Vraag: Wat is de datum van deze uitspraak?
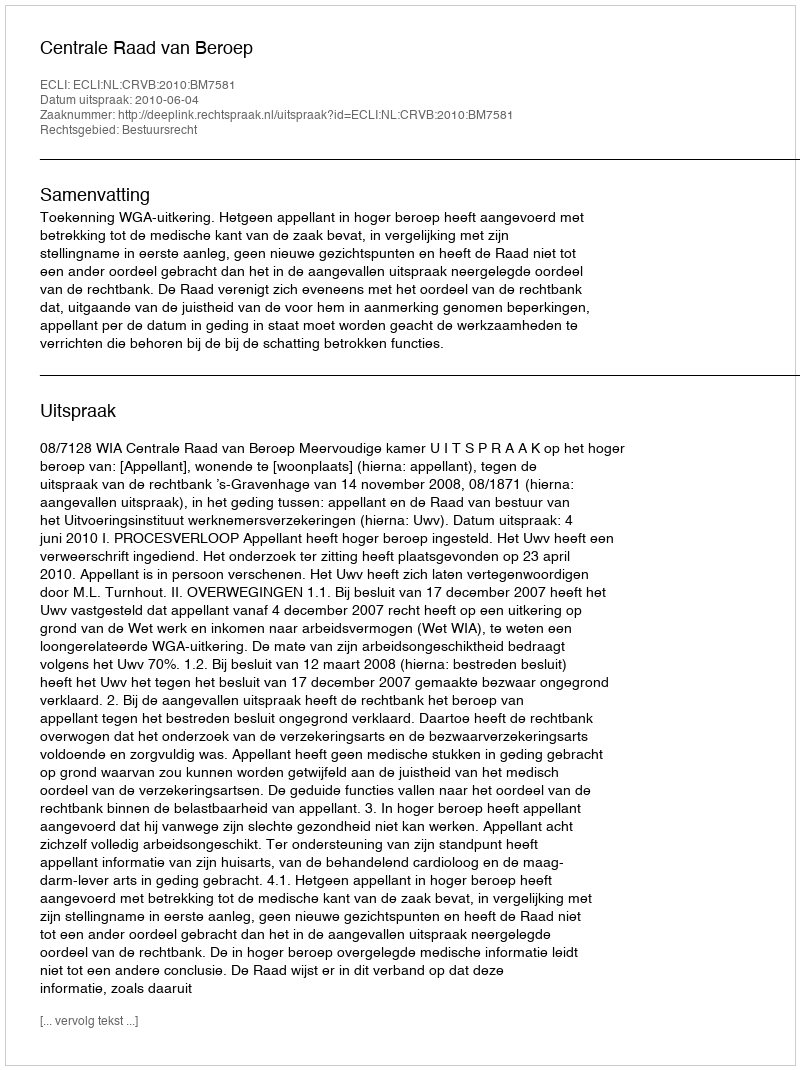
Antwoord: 2010-06-04